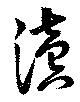
読